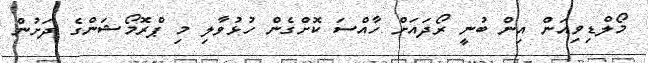
މޯލްޑިވިއަން އިން ބުނީ ރޯދައަށް ހާއްސަ ކޮށްގެން ހުޅުވާލި މި ޕްރޮމޯޝަންގެ ދަށުން